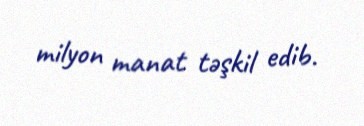
milyon manat təşkil edib.